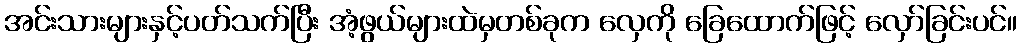
အင်းသားများနှင့်ပတ်သက်ပြီး အံ့ဖွယ်များထဲမှတစ်ခုက လှေကို ခြေထောက်ဖြင့် လှော်ခြင်းပင်။